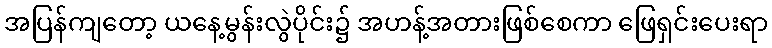
အပြန်ကျတော့ ယနေ့မွန်းလွဲပိုင်း၌ အဟန့်အတားဖြစ်စေကာ ဖြေရှင်းပေးရာ